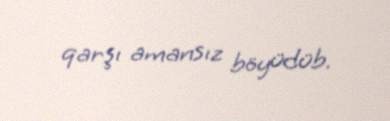
qarşı amansız böyüdüb.